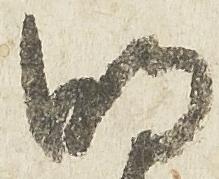
明